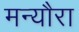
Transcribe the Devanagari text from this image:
मन्यौरा